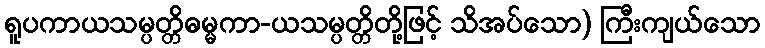
ရူပကာယသမ္ပတ္တိဓမ္မကာ-ယသမ္ပတ္တိတို့ဖြင့် သိအပ်သော) ကြီးကျယ်သော